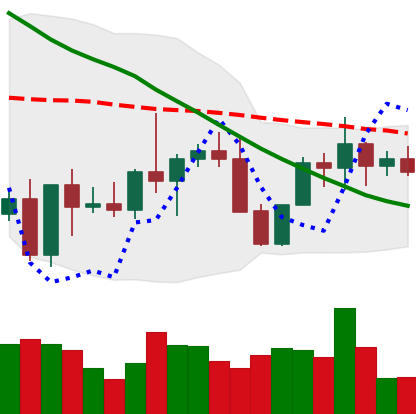
Ticker: XMR-USD
Chart end date: 2022-10-09
Forward return: -3.554%
Label: down_3_5